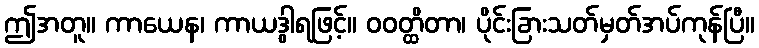
ဤအတူ။ ကာယေန၊ ကာယဒွါရဖြင့်။ ဝဝတ္ထိတာ၊ ပိုင်းခြားသတ်မှတ်အပ်ကုန်ပြီ။